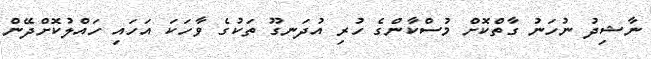
ނާޝިދު ނުހަނު ގާތްކޮށް މުސްކާންގެ ހުރި އުދަނގޫ ތަކުގެ ވާހަކަ އަހައި ހައްލުކޮށްދޭން